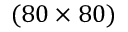
( 8 0 \times 8 0 )